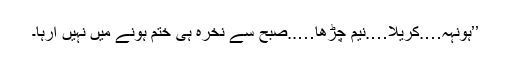
’’ہونہہ….کریلا….نیم چڑھا…..صبح سے نخرہ ہی ختم ہونے میں نہیں آرہا۔